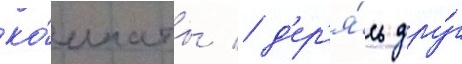
ко́мнаты / д'ер'я́сь дру́г